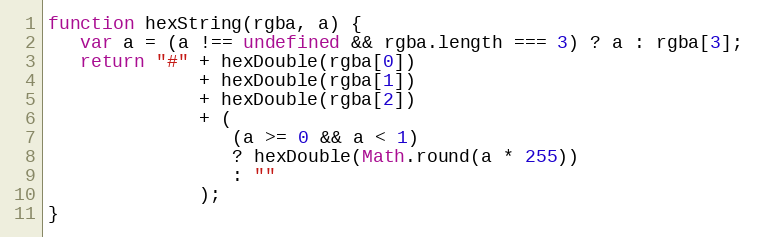
Language: JavaScript
function hexString(rgba, a) {
   var a = (a !== undefined && rgba.length === 3) ? a : rgba[3];
   return "#" + hexDouble(rgba[0])
              + hexDouble(rgba[1])
              + hexDouble(rgba[2])
              + (
                 (a >= 0 && a < 1)
                 ? hexDouble(Math.round(a * 255))
                 : ""
              );
}